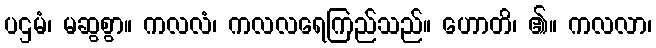
ပဌမံ၊ မဆွစွာ။ ကလလံ၊ ကလလရေကြည်သည်။ ဟောတိ၊ ၏။ ကလလာ၊